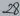
Text: 28